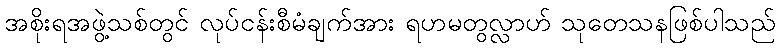
အစိုးရအဖွဲ့သစ်တွင် လုပ်ငန်းစီမံချက်အား ရဟမတွလ္လာဟ် သုတေသနဖြစ်ပါသည်